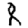
Digit: 8